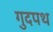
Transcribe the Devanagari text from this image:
गुदपथ